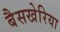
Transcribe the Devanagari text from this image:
बैसखेरिया